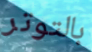
بالتوتر